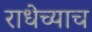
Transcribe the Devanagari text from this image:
राधेच्याच